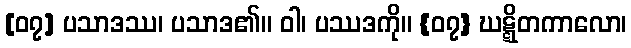
[၀၇] ပသာဒဿ၊ ပသာဒ၏။ ဝါ၊ ပဿဒကို။ {၀၇} ဃဋ္ဋိတကာလော၊